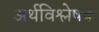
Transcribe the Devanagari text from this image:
अर्थविश्लेषक